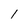
Character: 1